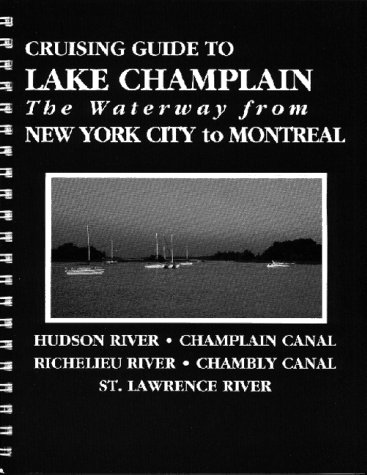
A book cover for Cruising Guide to Lake Champlain: The Waterway from New York City to Montreal; Alan McKibben; Travel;